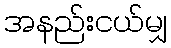
အနည်းငယ်မျှ